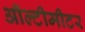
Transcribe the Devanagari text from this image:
ऑल्टीमीटर